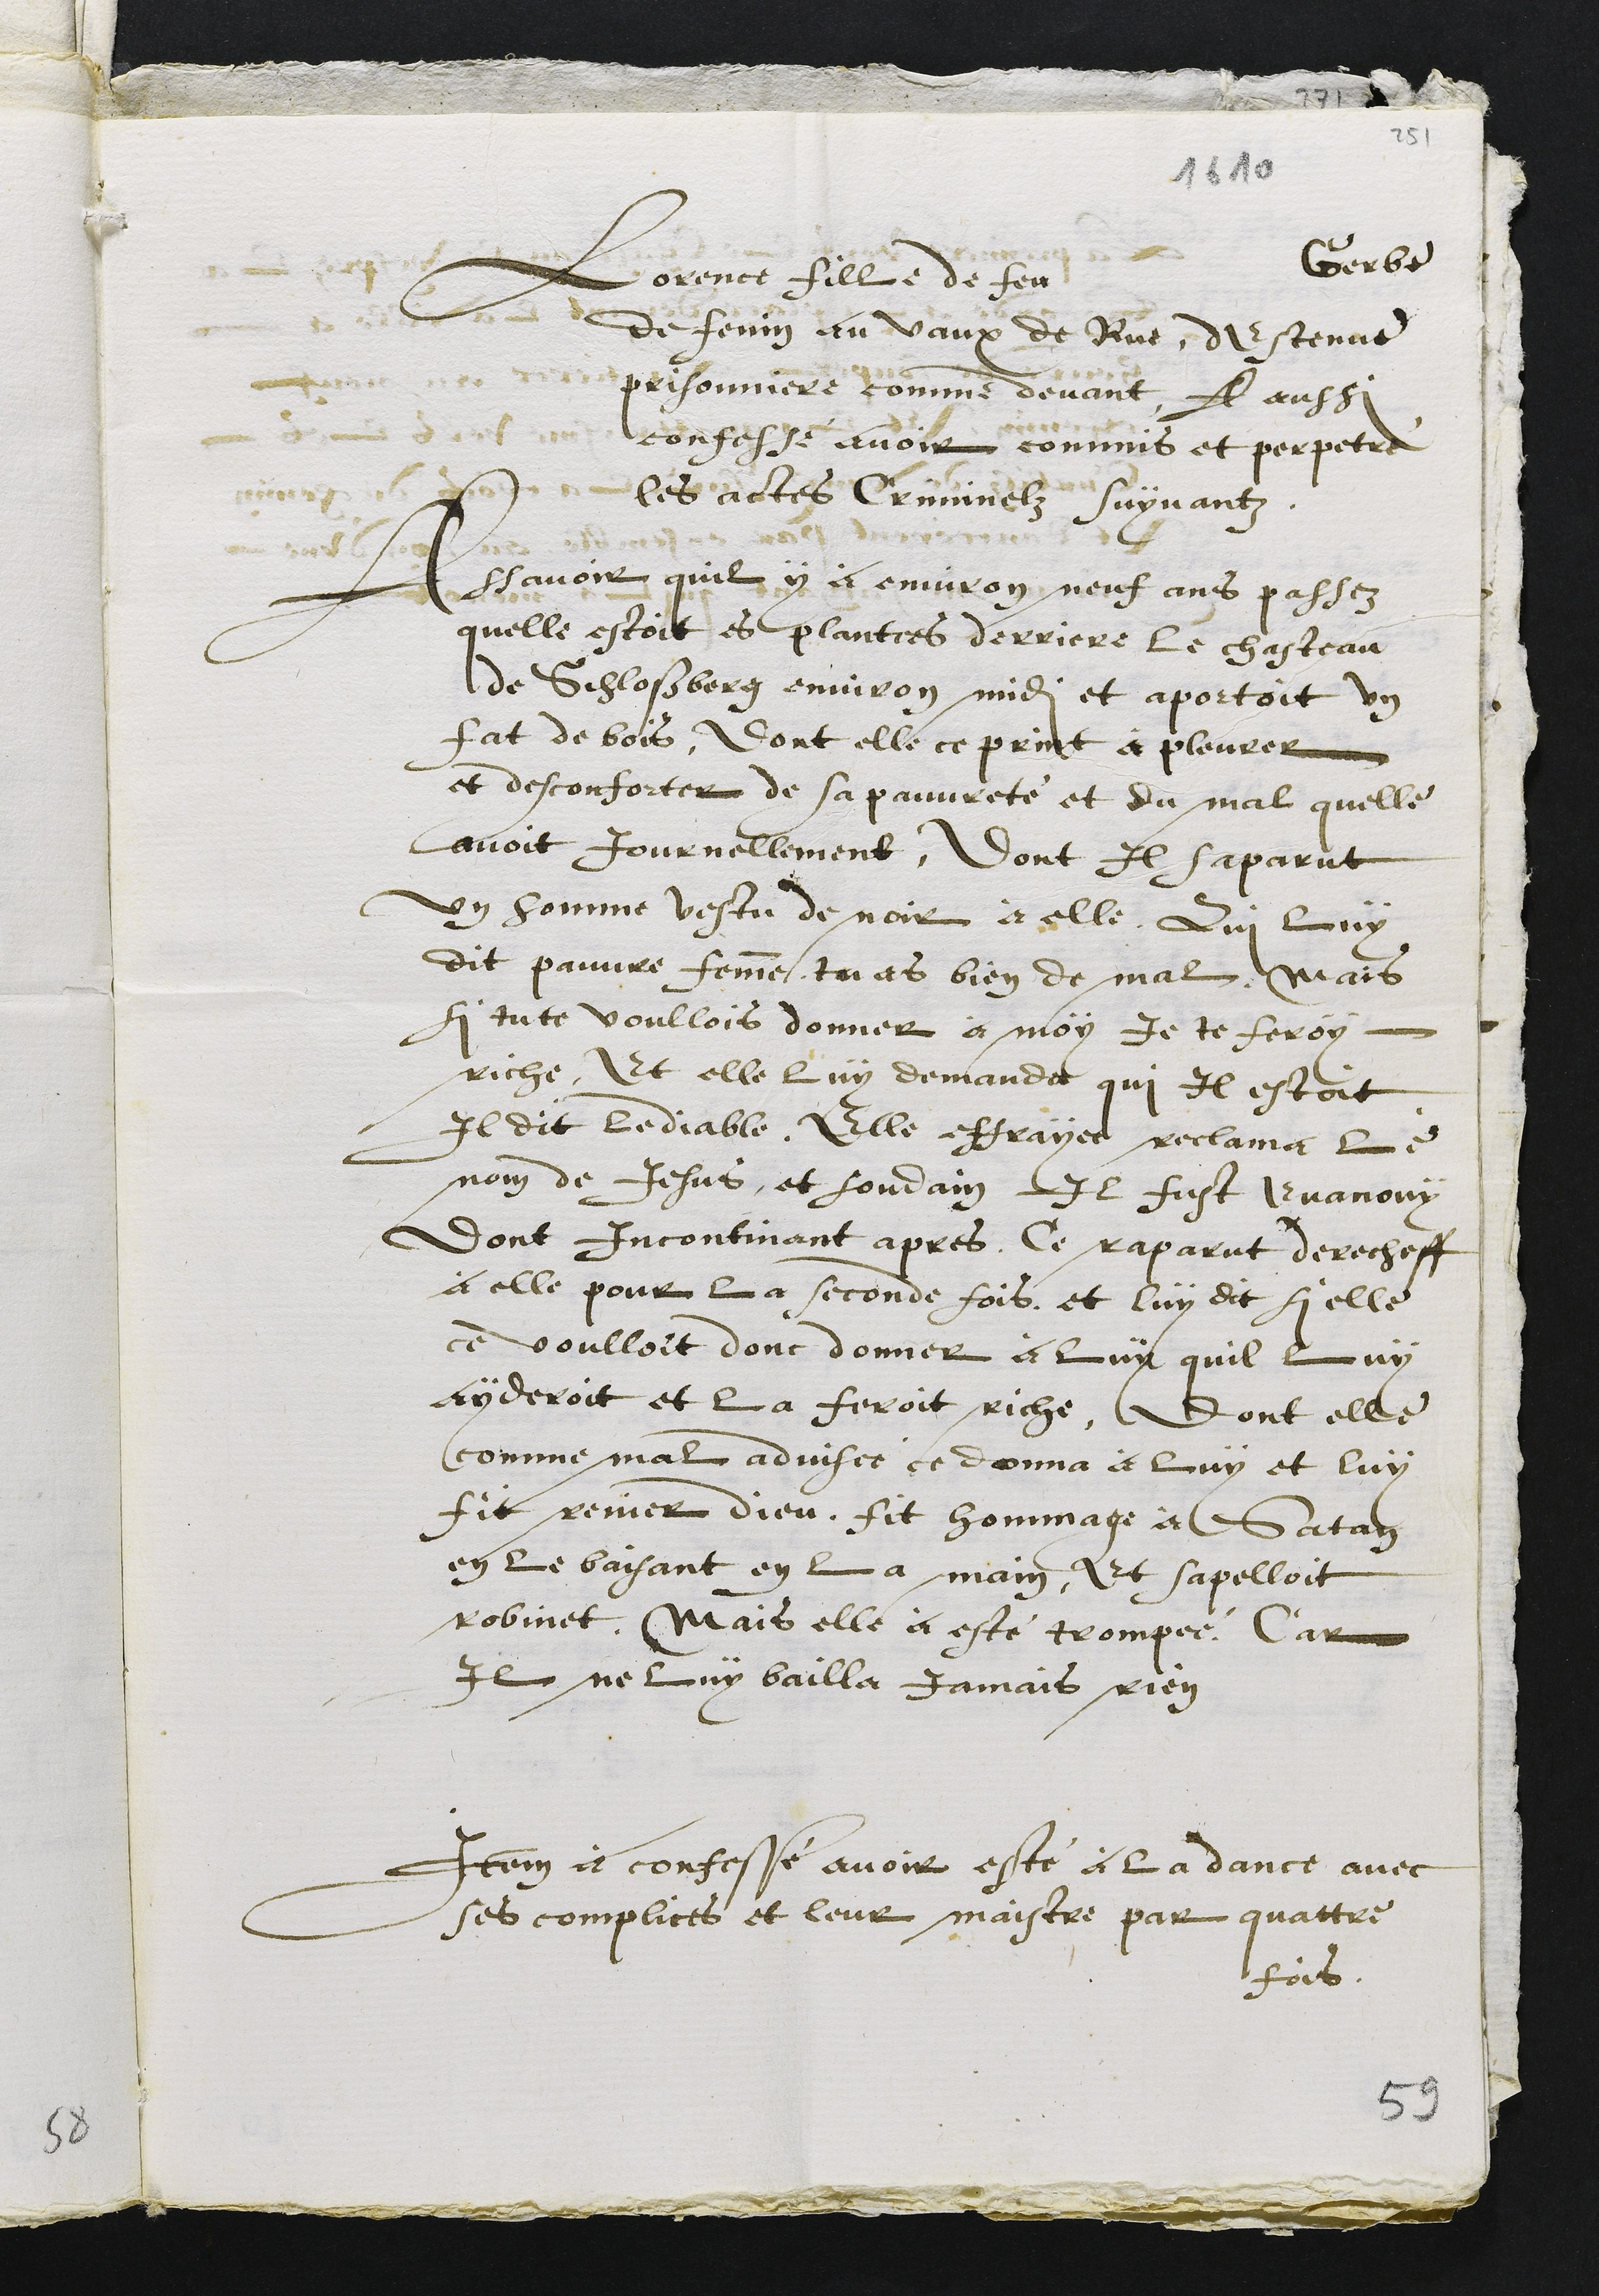
Lorence fille de feu
Gerbe
de Fenin au vaux de Rue, destenue
prisonniere comme devant A aussi
confessé avoir commis et perpetré
les actes Criminelz suyvantz
Assavoir quil y à environ neuf ans passez
quelle estoit es plantees derriere le chasteau
de Schloßberg environ midi et aportoit un
fat de bois, dont elle ce print à pleurer
et desconforter de sa pauvreté et du mal quelle
avoit Journellement, Dont Il saparut
un homme vestu de noir à elle Qui luy
dit pauvre femme tu as bien de mal, mais
si tu te voullois donner à moy, je te feroy
riche, Et elle luy demanda qui il estoit
Il dit lediable, Elle effrayee reclama le
nom de Jesus, et soudain Il fust Evanouy
dont incontinant apres, Ce raparut derecheff
à elle pour la seconde fois, et luy dit si elle
ce voulloit donc donner à luy quil luy
ayderoit et la feroit riche, Dont elle
comme mal advisée ce donna à luy et luy
fit renier dieu, fit hommage à Satan
en le baisant en la main, Et sapelloit
Robinet, Mais elle à esté trompée, Car
Il ne luy bailla jamais rien
Item à confessé avoir esté à la dance avec
ses complices et leur maistre par quattre
fois.
59